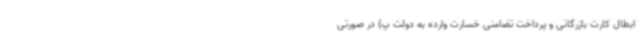
ابطال کارت بازرگانی و پرداخت تضامنی خسارت وارده به دولت پ) در صورتی